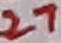
Text: 27